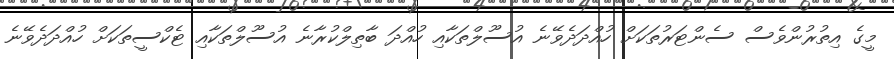
މީގެ އިތުރުންވެސް ސެންޓަރުތަކަށް ހުއްދަދެވޭނެ އުސޫލްތަކާއި ހުއްދަ ބާތިލްކުރާނެ އުސޫލްތަކާއި ޓެކްސީތަކަށް ހުއްދަދެވޭނެ